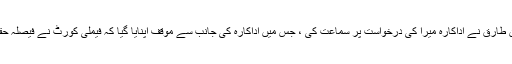
ایڈیشنل سیشن جج عدنان طارق نے اداکارہ میرا کی درخواست پر سماعت کی ، جس میں اداکارہ کی جانب سے موقف اپنایا گیا کہ فیملی کورٹ نے فیصلہ حقائق کے برعکس سنایا۔